Indian journal of veterinary science and animal husbandry - Volume 5,
Year: 1935
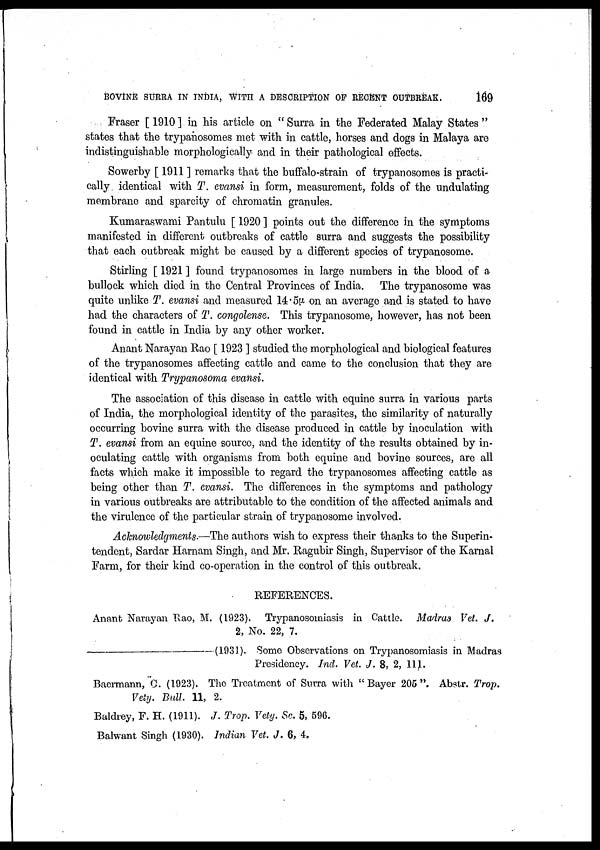
BOVINE SURRA IN INDIA, WITH A DESCRIPTION OF RECENT OUTBREAK.
169
Fraser [ 1910 ] in his article on " Surra in the Federated Malay States "
states that the trypanosomes met with in cattle, horses and dogs in Malaya are
indistinguishable morphologically and in their pathological effects.
Sowerby [ 1911 ] remarks that the buffalo-strain of trypanosomes is practi
cally identical with T. evansi in form, measurement, folds of the undulating
membrane and sparcity of chromatin granules.
Kumaraswami Pantulu [ 1920 ] points out the difference in the symptoms
manifested in different outbreaks of cattle surra and suggests the possibility
that each outbreak might be caused by a different species of trypanosome.
Stirling [ 1921 ] found trypanosomes in large numbers in the blood of a
bullock which died in the Central Provinces of India. The trypanosome was
quite unlike T. evansi and measured 14.5μ on an average and is stated to have
had the characters of T. congolense. This trypanosome, however, has not been
found in cattle in India by any other worker.
Anant Narayan Rao [ 1923 ] studied the morphological and biological features
of the trypanosomes affecting cattle and came to the conclusion that they are
identical with Trypanosoma evansi.
The association of this disease in cattle with equine surra in various parts
of India, the morphological identity of the parasites, the similarity of naturally
occurring bovine surra with the disease produced in cattle by inoculation with
T. evansi from an equine source, and the identity of the results obtained by in
oculating cattle with organisms from both equine and bovine sources, are all
facts which make it impossible to regard the trypanosomes affecting cattle as
being other than T. evansi. The differences in the symptoms and pathology
in various outbreaks are attributable to the condition of the affected animals and
the virulence of the particular strain of trypanosome involved.
Acknowledgments.—The authors wish to express their thanks to the Superin
tendent, Sardar Harnam Singh, and Mr. Ragubir Singh, Supervisor of the Karnal
Farm, for their kind co-operation in the control of this outbreak.
REFERENCES.
Anant Narayan Rao, M. (1923). Trypanosomiasis in Cattle. Madras Vet. J.
2, No. 22, 7.
—(1931).
Some Observations on Trypanosomiasis in Madras
Presidency. Ind. Vet. J. 8, 2, 111.
Baermann, C. (1923). The Treatment of Surra with "Bayer 205". Abstr. Trop.
Vety. Bull. 11, 2.
Baldrey, F. H. (1911). J. Trop. Vety. Sc. 5, 596.
Balwant Singh (1930). Indian Vet. J. 6, 4,